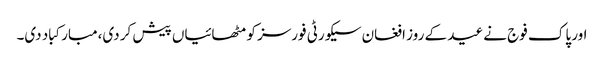
اور پاک فوج نے عید کے روز افغان سیکورٹی فورسز کو مٹھائیاں پیش کر دی،مبارکباد دی۔